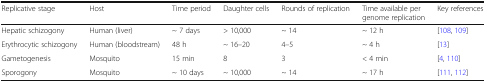
<table><thead><tr><td><b>Replicative stage</b></td><td><b>Host</b></td><td><b>Time period</b></td><td><b>Daughter cells</b></td><td><b>Rounds of replication</b></td><td><b>Time available per genome replication</b></td><td><b>Key references</b></td></tr></thead><tbody><tr><td>Hepatic schizogony</td><td>Human (liver)</td><td>~ 7 days</td><td>&gt; 10,000</td><td>~ 14</td><td>~ 12 h</td><td>[108, 109]</td></tr><tr><td>Erythrocytic schizogony</td><td>Human (bloodstream)</td><td>48 h</td><td>~ 16–20</td><td>4–5</td><td>~ 4 h</td><td>[13]</td></tr><tr><td>Gametogenesis</td><td>Mosquito</td><td>15 min</td><td>8</td><td>3</td><td>&lt; 4 min</td><td>[4, 110]</td></tr><tr><td>Sporogony</td><td>Mosquito</td><td>~ 10 days</td><td>~ 10,000</td><td>~ 14</td><td>~ 17 h</td><td>[111, 112]</td></tr></tbody></table>